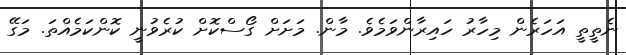
ނެތީތީ އަހަރެން މިހާރު ހައިރާންވަމެވެ. މާން. މަށަށް ގޯސްކޮށް ކުރެވުނީ ކޮންކަމެއްތަ. މަގޭ